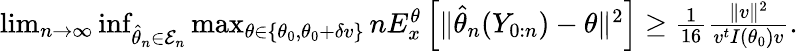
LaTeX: \begin{array}{r}{\operatorname*{lim}_{n\rightarrow\infty}\operatorname*{inf}_{\hat{\theta}_{n}\in\mathcal{E}_{n}}\operatorname*{max}_{\theta\in\{ \theta_{0},\theta_{0}+\delta v\} }nE_{x}^{\theta}\left[\Vert\hat{\theta}_{n}(Y_{0:n})-\theta\Vert^{2}\right]\geq\frac{1}{16}\frac{\Vert v\Vert^{2}}{v^{t}I(\theta_{0})v}.}\end{array}